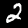
Label: 2